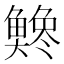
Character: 𫙭